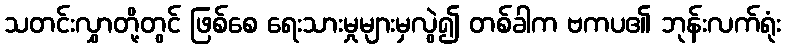
သတင်းလွှာတို့တွင် ဖြစ်စေ ရေးသားမှုများမှလွဲ၍ တစ်ခါက ဗကပ၏ ဘုန်းလက်ရုံး